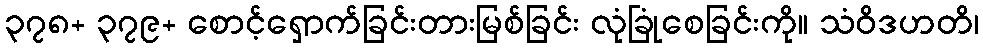
၃၇၈+ ၃၇၉+ စောင့်ရှောက်ခြင်းတားမြစ်ခြင်း လုံခြုံစေခြင်းကို။ သံဝိဒဟတိ၊